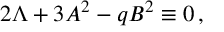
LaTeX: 2 \Lambda + 3 A ^ { 2 } - q B ^ { 2 } \equiv 0 \, ,